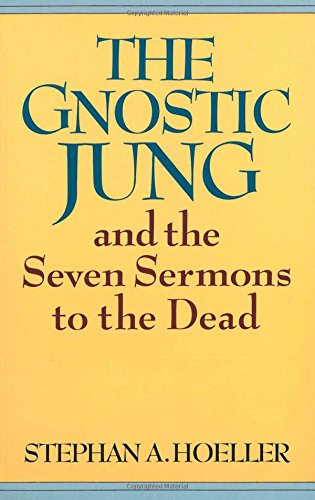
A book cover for The Gnostic Jung and the Seven Sermons to the Dead (Quest Books); Stephan A Hoeller; Christian Books & Bibles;